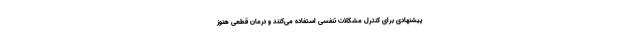
پیشنهادی برای کنترل مشکلات تنفسی استفاده می‌کنند و درمان قطعی هنوز